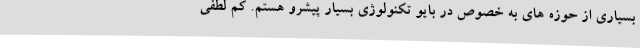
بسیاری از حوزه های به خصوص در بایو تکنولوژی بسیار پیشرو هستم. کم لطفی